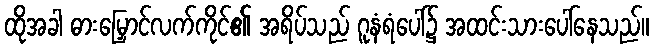
ထိုအခါ ဓားမြှောင်လက်ကိုင်၏ အရိပ်သည် ဂူနံရံပေါ်၌ အထင်းသားပေါ်နေသည်။